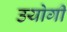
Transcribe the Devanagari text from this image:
उयोगी